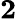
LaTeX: \boldsymbol{2}